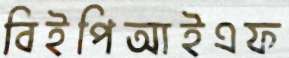
বিইপিআইএফ